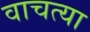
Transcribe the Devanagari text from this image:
वाचत्या